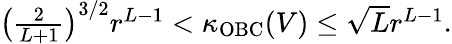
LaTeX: \begin{array}{r}{\left(\frac{2}{L+1}\right)^{3/2}r^{L-1}<\kappa_{\mathrm{OBC}}(V)\leq\sqrt{L}r^{L-1}.}\end{array}